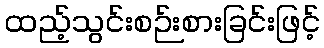
ထည့်သွင်းစဉ်းစားခြင်းဖြင့်